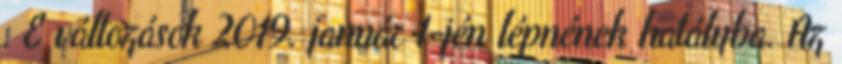
. E változások 2019. január 1-jén lépnének hatályba. Az